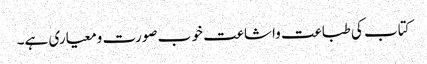
کتاب کی طباعت واشاعت خو ب صورت ومعیاری ہے۔